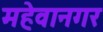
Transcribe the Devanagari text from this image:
महेवानगर